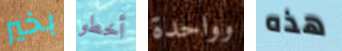
بخير أخطو وواحدة هذه